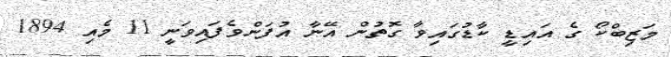
މަޒިބްކޯ ގެ އައިޑީ ކާޑުގައިވާ ގޮތުން އޭނާ އުފަންވެފައިވަނީ 11 މެއި 1894